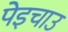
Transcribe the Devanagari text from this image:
पेइचाउ